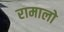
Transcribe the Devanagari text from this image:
रामालो